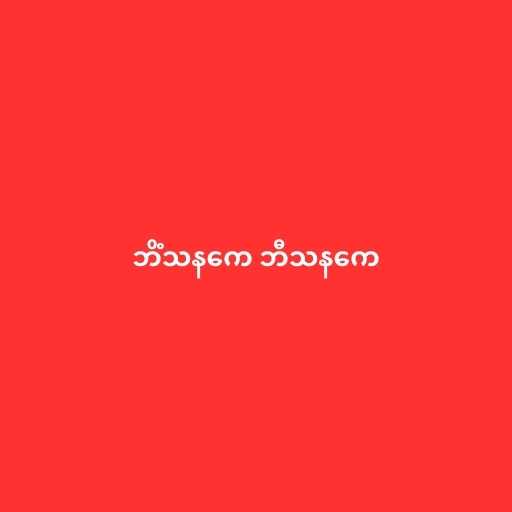
ဘိံသနကေ ဘီသနကေ